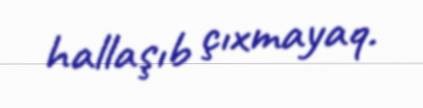
hallaşıb çıxmayaq.